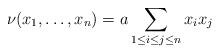
LaTeX: \begin{align*} \nu(x_1,\ldots,x_n)=a\sum_{1\le i\le j\le n}x_ix_j \end{align*}